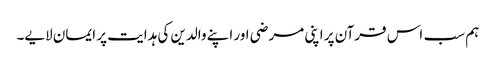
ہم سب ‌ اس قرآن پر اپنی مرضی اور اپنے والدین کی ہدایت پر ایمان لایے۔